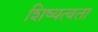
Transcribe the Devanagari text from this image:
शिष्यत्वता